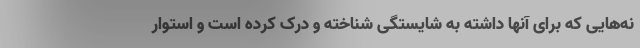
نه‌هایی که برای آنها داشته به شایستگی شناخته و درک کرده است و استوار